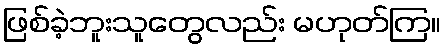
ဖြစ်ခဲ့ဘူးသူတွေလည်း မဟုတ်ကြ။